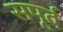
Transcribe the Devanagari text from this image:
सपूर्द